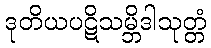
ဒုတိယပဋိသမ္ဘိဒါသုတ္တံ